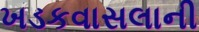
ખડકવાસલાની